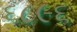
૬૮૯૬